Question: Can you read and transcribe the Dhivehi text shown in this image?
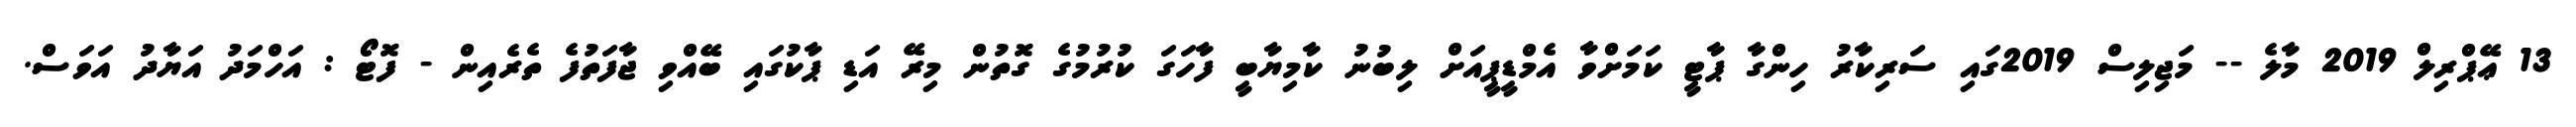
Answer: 13 ޢޭޕްރިލް 2019 މާލެ -- މަޖިލިސް 2019ގައި ސަރިކާރު ހިންގާ ޕާޓީ ކަމަށްވާ އެމްޑީޕީއަށް ލިބުނު ކާމިޔާބީ ފާހަގަ ކުރުމުގެ ގޮތުން މިރޭ އަޑި ޕާކުގައި ބޭއްވި ޖާފަތުފެ ތެރެއިން - ފޮޓޯ : އަހްމަދު އަޔާދު އަވަސް.